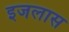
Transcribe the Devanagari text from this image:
इजलास